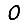
Digit: 0